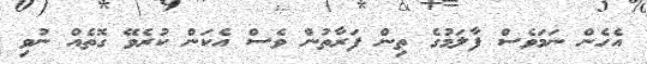
އެހެން ނަމަވެސް ފާލަމުގެ ތިން ފަރާތުން ވެސް އެކަން ކުރެވޭ ގޮތެއް ނުވި